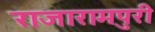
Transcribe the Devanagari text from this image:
राजारामपुरी